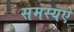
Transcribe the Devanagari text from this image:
समस्यऐ